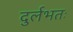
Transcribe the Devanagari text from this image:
दुर्लभतः